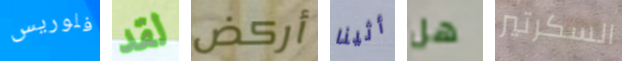
فلوريس لقد أركض أثينا هل السكرتير